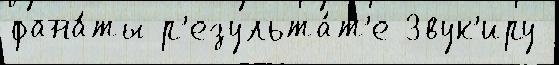
фана́ты р'езульта́т'е Звук'иру